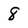
Character: 8